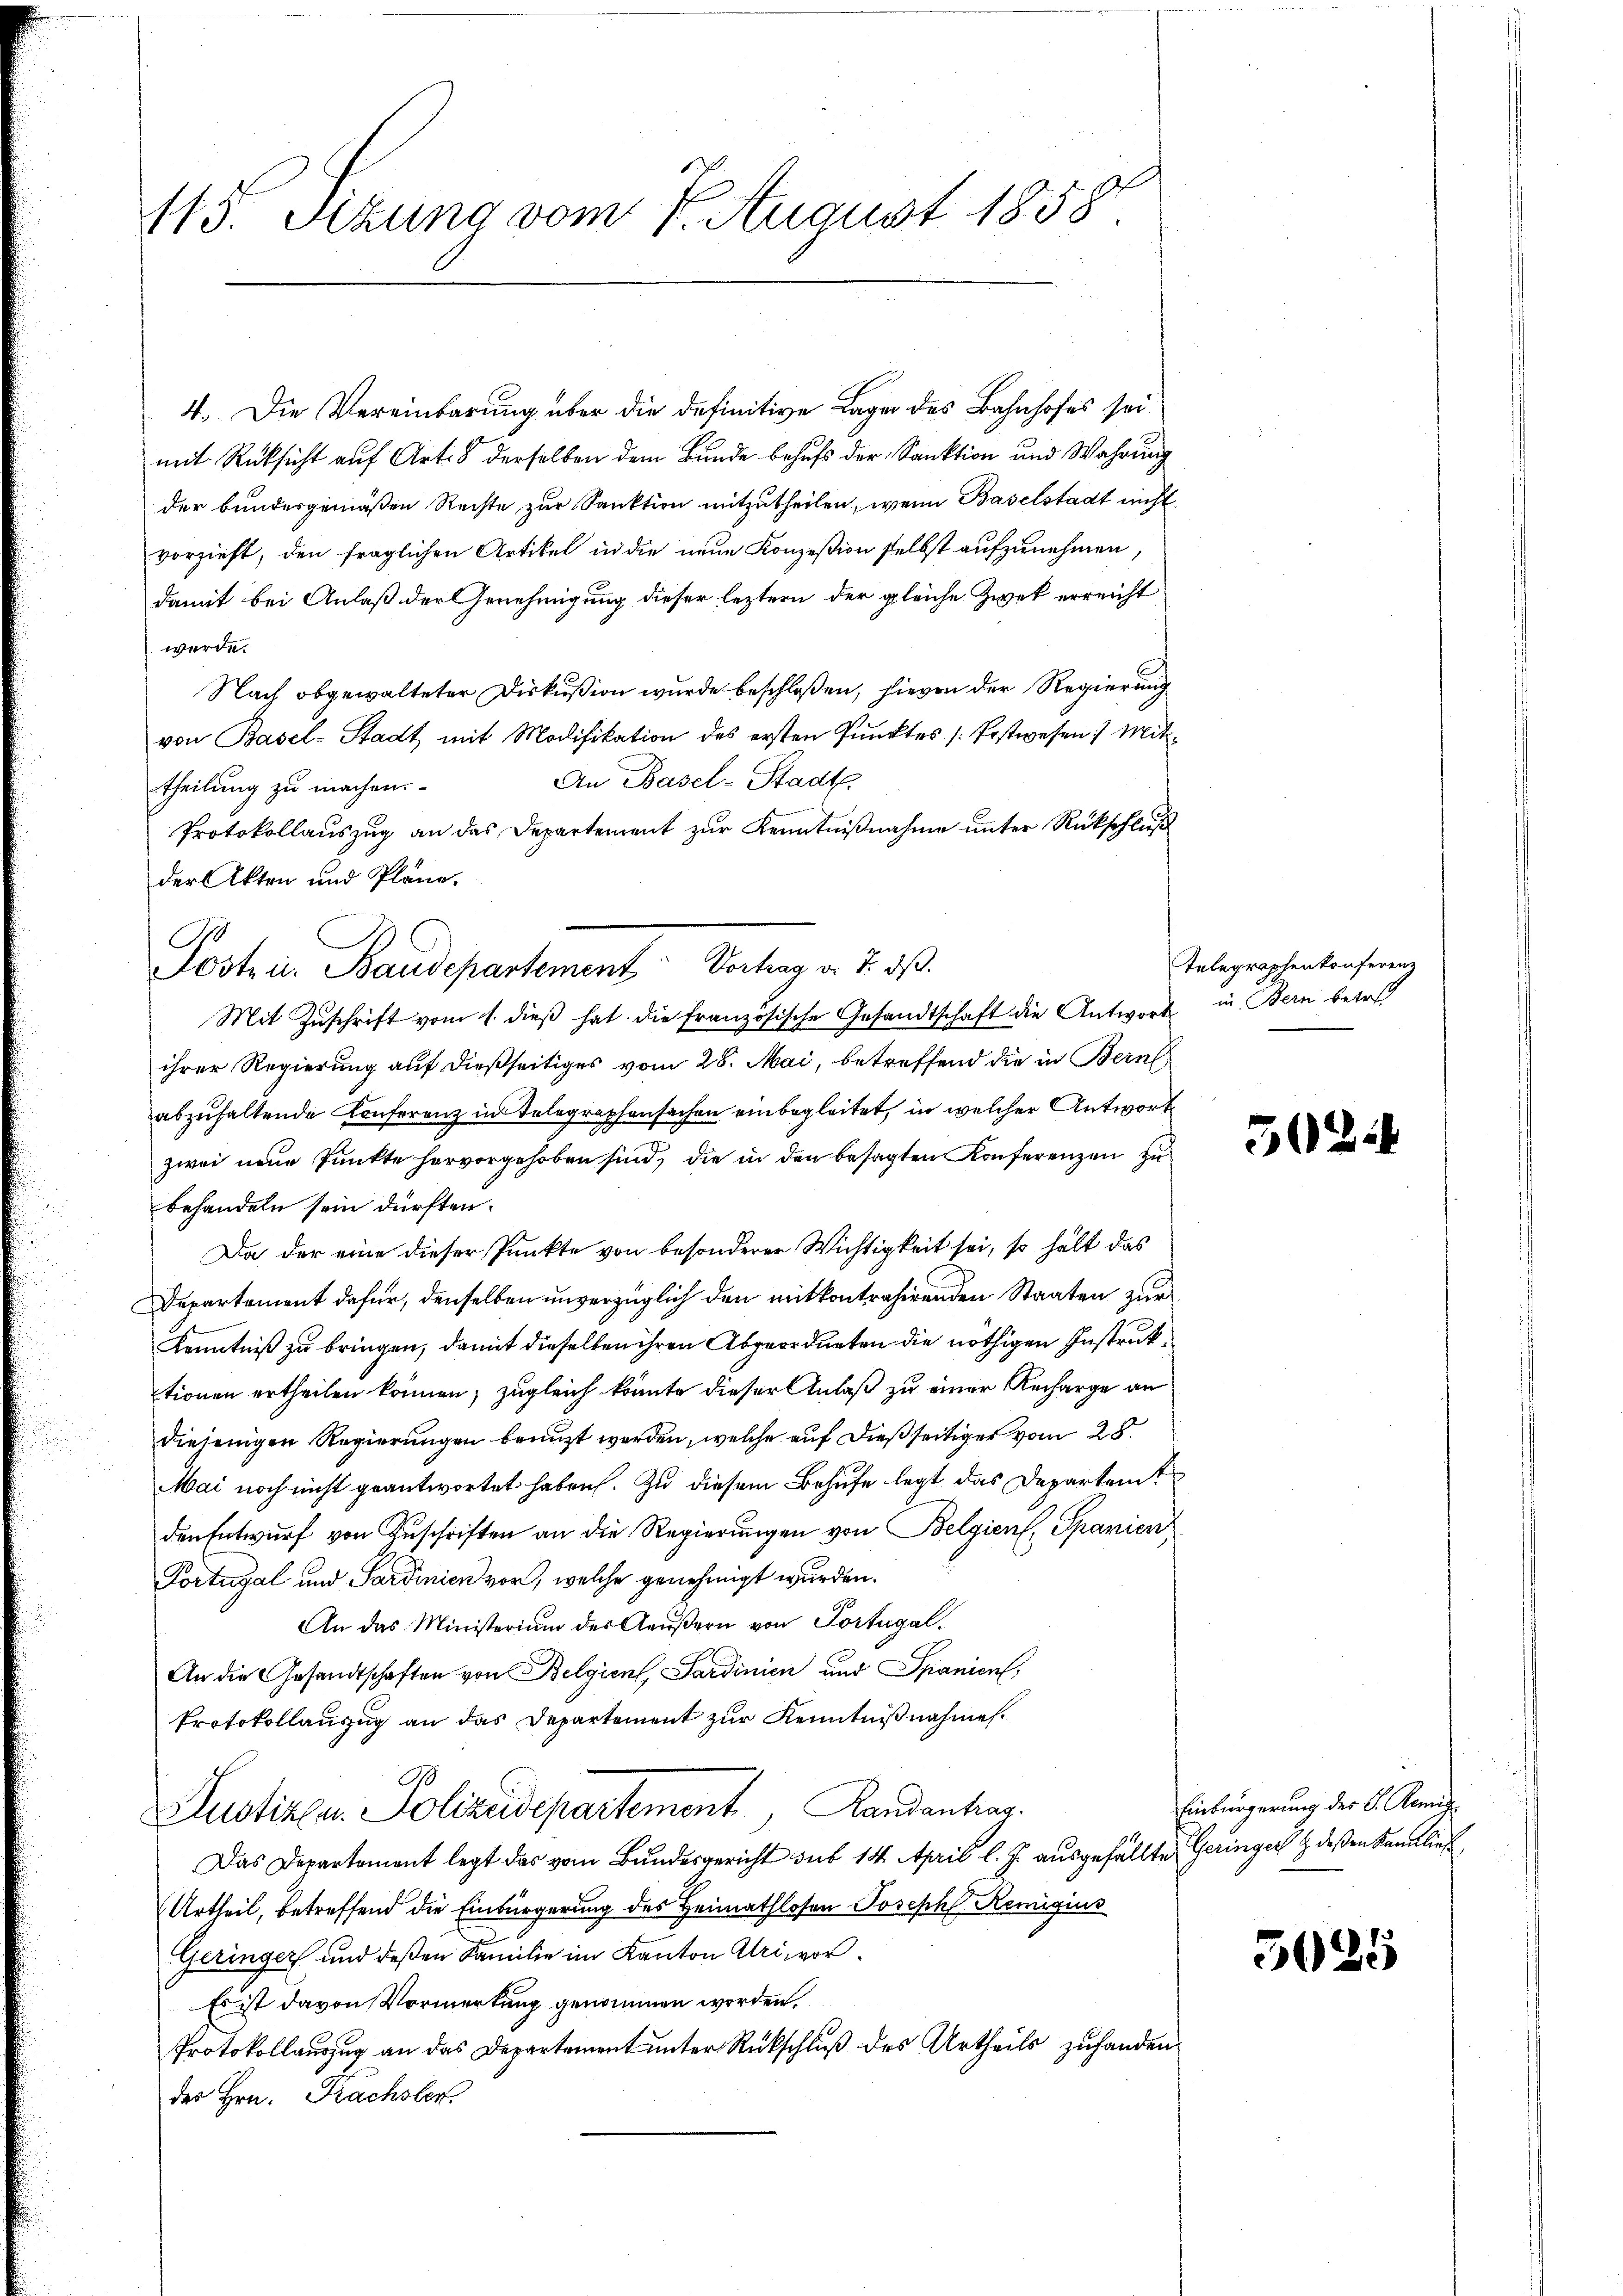
115. Sitzung vom 1. August 18587

4. Die Vereinbarung über die definitive Lage des Bahnhofes sei.
mit Rücksicht auf Art. 8 derselben dem Bunde behufs der Sanktion und Wahrung
der bundesgemäßen Rechte zur Sanktion mitzutheilen, wenn Baselstadt nicht
vorzieht, den fraglichen Artikel in die neue Konzesion selbst aufzunehmen,
damit bei Anlaß der Genehmigung dieser leztern der gleiche Zwek erreicht
werde.
Nach obgewalteter Diskußion wurde beschloßen, hievon der Regierung
von Basel-Stadt mit Modifikation des ersten Punktes [Postwesen) Mit¬
An Basel-Stadt
theilung zu machen.
Protokollauszug an das Departement zur Kenntnißnahme unter Rückschluß
der Akten und Pläne.
Postein Baudepartement Vortrag v. 7. ds.
ihrer Regierung auf dießseitiges vom 28. Mai, betreffend die in Bern
abzŭhaltende Conferenz in Telegraphensachen einbegleitet, in welcher Antworte
zwei neue Punkte hervorgehoben sind, die in den besagten Konferenzen zu
behandeln sein dürften.
Da der eine dieser Punkte von besonderer Wichtigkeit sei, so hält das
Departement dafür, denselben unverzüglich den mitkontrahirenden Staaten zur
Kenntniß zu bringen, damit dieselben ihren Abgeordneten die nöthigen Instruktionen ertheilen können, zugleich könnte dieser Anlaß zu einer Recharge an
diejenigen Regierungen bringt worden, welche auf dießseitiger vom 28.
MMai noch nicht geantwortet haben. Zu diesem Behufe legt das Departei
den Entwurf von Zuschriften an die Regierungen von Belgien, Spanien
Portugal und Sardinien vor, welche genehmigt wurden.
An das Ministerium des Aeŭβern von Portugal.
An die Gesandtschaften von Belgien, Sardinien und Spanien,
Protokollauzug an das Departement zur Kenntnißnahmen.
Justizlen Polizeidepartement, Landantier.
Das Departement legt das vom Bundesgericht sub 14. April l. J. ausgefällte Geringer deßen Kanlief
Urtheil, betreffend die Einbürgerung des Heimathlosen Joseph Remigius
Geringer und deßen Familie im Kanton Uri vor.
Es ist davon Vormerkung genommen worden.
Protokollauszug an das Departement unter Rückschluß des Urtheils zuhanden
des Hrn. Krachsler.

Mit Zŭschrift vom 1. dieβ hat die französische Gesandtschaft die Antwort in Bern betreff

Telegraphenkonferenz

502

Einbürgerung des L. Kamin

5025